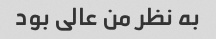
به نظر من عالی بود